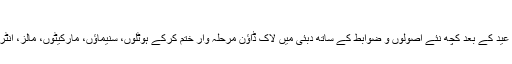
لاک ڈاؤن میں سانس لیتے دبئی کی ایک رات
ابھی تک کسی کو خبر نہیں تھی کہ لاک ڈاؤن کب ختم ہوگا مگر عید کے بعد کچھ نئے اصولوں و ضوابط کے ساتھ دبئی میں لاک ڈاؤن مرحلہ وار ختم کرکے ہوٹلوں، سنیماؤں، مارکیٹوں، مالز، انٹرٹینمنٹ زون اور ساحلِ سمندر کو شہریوں کے لیے کھول دیا گیا۔